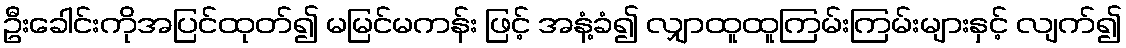
ဦးခေါင်းကိုအပြင်ထုတ်၍ မမြင်မကန်း ဖြင့် အနံ့ခံ၍ လျှာထူထူကြမ်းကြမ်းများနှင့် လျက်၍